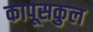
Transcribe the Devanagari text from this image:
कापूसकुल